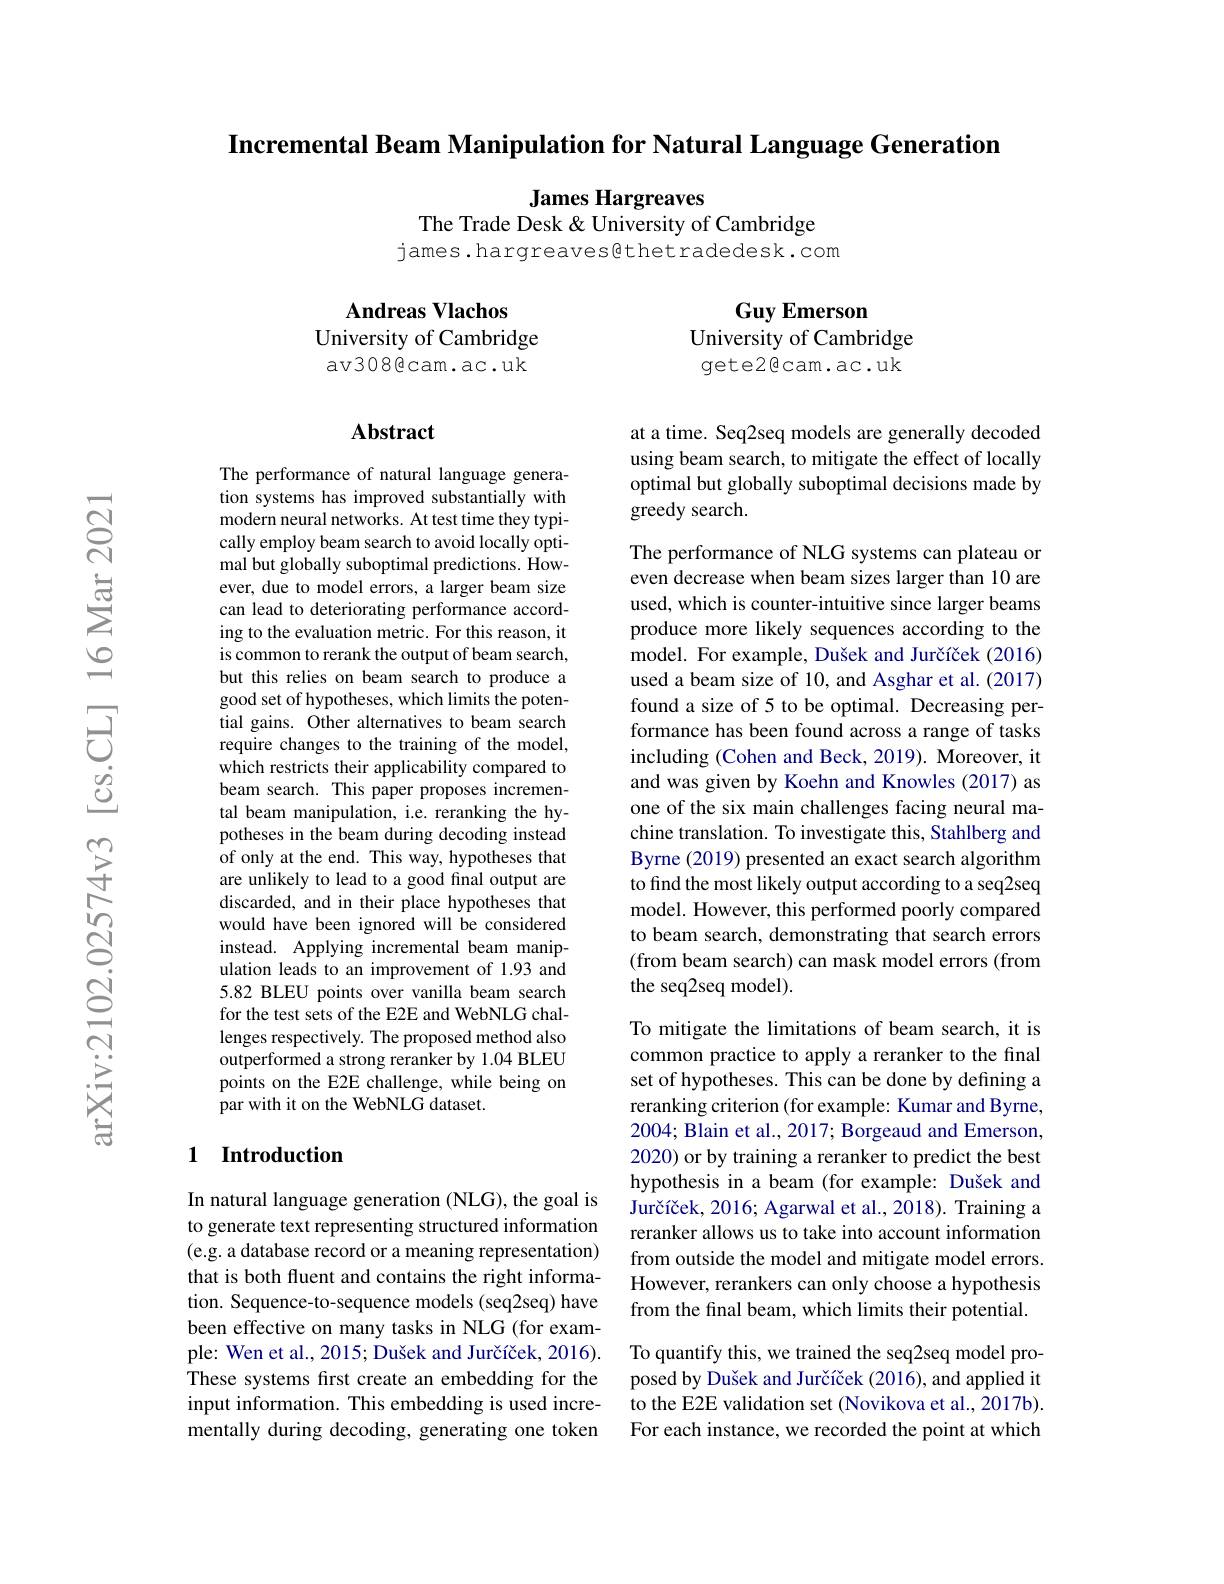
Incremental Beam Manipulation for Natural Language Generation

James Hargreaves

The Trade Desk & University of Cambridge
james.hargreaves@thetradedesk.com

Andreas Vlachos
University of Cambridge av308@cam.ac.uk

Guy Emerson
University of Cambridge gete2@cam.ac.uk

### Abstract

at a time. Seq2seq models are generally decoded using beam search, to mitigate the effect of locally optimal but globally suboptimal decisions made by greedy search.

The performance of NLG systems can plateau or even decrease when beam sizes larger than 10 are used, which is counter-intuitive since larger beams produce more likely sequences according to the model. For example, Dušek and Jurčíček (2016) used a beam size of 10, and Asghar et al. (2017) found a size of 5 to be optimal. Decreasing performance has been found across a range of tasks including (Cohen and Beck, 2019). Moreover, it and was given by Koehn and Knowles (2017) as one of the six main challenges facing neural machine translation. To investigate this, Stahlberg and Byrne (2019) presented an exact search algorithm to find the most likely output according to a seq2seq model. However, this performed poorly compared to beam search, demonstrating that search errors (from beam search) can mask model errors (from the seq2seq model)

The performance of natural language generation systems has improved substantially with modern neural networks. At test time they typically employ beam search to avoid locally optimal but globally suboptimal predictions. However, due to model errors, a larger beam size can lead to deteriorating performance according to the evaluation metric. For this reason, it is common to rerank the output of beam search, but this relies on beam search to produce a good set of hypotheses, which limits the potential gains. Other alternatives to beam search require changes to the training of the model, which restricts their applicability compared to beam search. This paper proposes incremental beam manipulation, i.e. reranking the hypotheses in the beam during decoding instead of only at the end. This way, hypotheses that are unlikely to lead to a good final output are discarded, and in their place hypotheses that would have been ignored will be considered instead. Applying incremental beam manipulation leads to an improvement of 1.93 and 5.82 BLEU points over vanilla beam search for the test sets of the E2E and WebNLG challenges respectively. The proposed method also outperformed a strong reranker by 1.04 BLEU points on the E2E challenge, while being on par with it on the WebNLG dataset.

## 1 Introduction

To mitigate the limitations of beam search, it is common practice to apply a reranker to the final set of hypotheses. This can be done by defining a reranking criterion (for example: Kumar and Byrne, 2004; Blain et al., 2017; Borgeaud and Emerson, 2020) or by training a reranker to predict the best hypothesis in a beam (for example: Dušek and Jurčíček, 2016; Agarwal et al., 2018). Training a reranker allows us to take into account information from outside the model and mitigate model errors. However, rerankers can only choose a hypothesis from the final beam, which limits their potential. To quantify this, we trained the seq2seq model proposed by Dušek and Jurčíček (2016), and applied it to the E2E validation set (Novikova et al., 2017b).

In natural language generation (NLG), the goal is to generate text representing structured information (e.g. a database record or a meaning representation) that is both fluent and contains the right information. Sequence-to-sequence models (seq2seq) have been effective on many tasks in NLG (for example: Wen et al., 2015; Dušek and Jurčíček, 2016). These systems first create an embedding for the input information. This embedding is used incrementally during decoding, generating one token

For each instance, we recorded the point at which